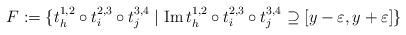
LaTeX: \begin{align*}F := \{ t_h^{1,2} \circ t_i^{2,3} \circ t_j^{3,4} \mid \operatorname{Im} t_h^{1,2} \circ t_i^{2,3} \circ t_j^{3,4} \supseteq [y-\varepsilon, y+\varepsilon] \}\end{align*}